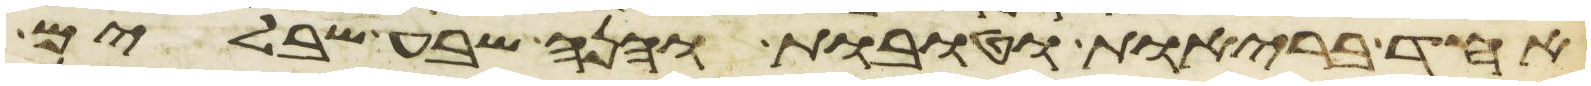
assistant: אחד בריות וטובות והנה שבע שבלים